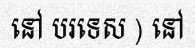
នៅ បរទេស ) នៅ